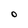
Character: O